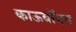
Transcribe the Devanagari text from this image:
काऊबॉयस